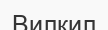
Вилкил